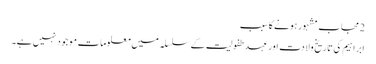
2 مجاب مشہور ہونے کا سبب
ابراہیم کی تاریخ ولادت اور عہد طفولیت کے سلسلہ میں معلومات موجود نہیں ہے۔